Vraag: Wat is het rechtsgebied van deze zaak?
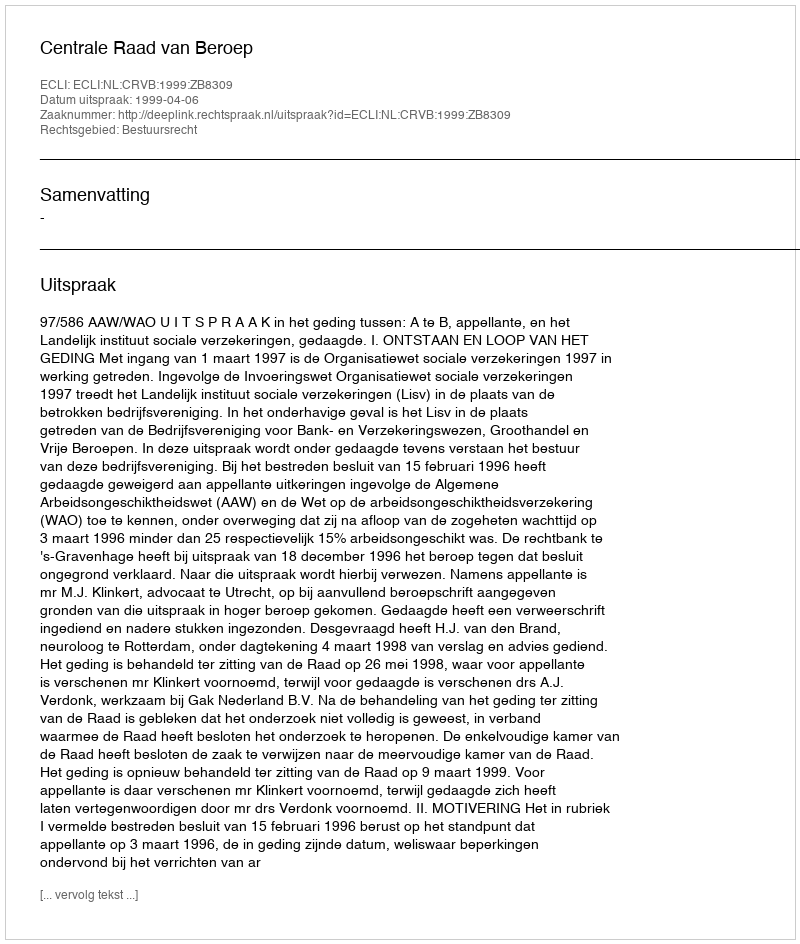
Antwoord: Bestuursrecht